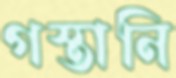
গস্তানি